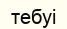
тебуі